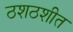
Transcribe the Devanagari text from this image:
ठशठशीत